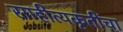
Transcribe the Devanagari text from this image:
साहीत्यकृतींचा